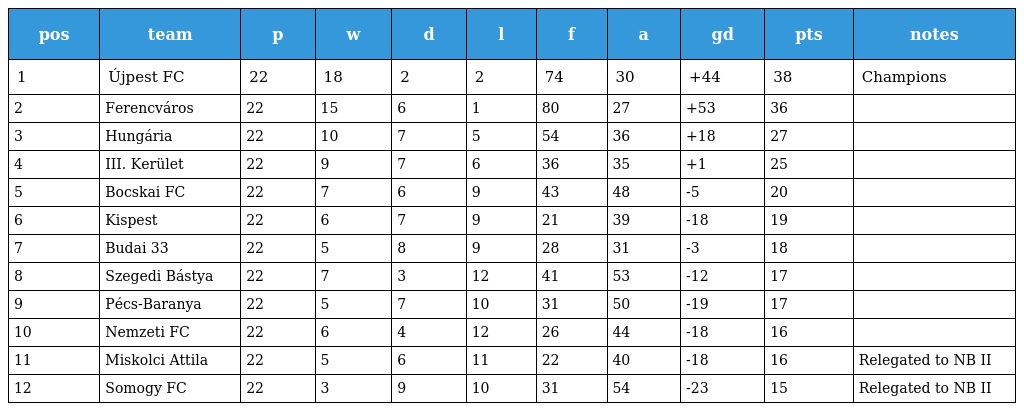
| pos | team | p | w | d | l | f | a | gd | pts | notes |
 | --- | --- | --- | --- | --- | --- | --- | --- | --- | --- | --- |
 | 1 | Újpest FC | 22 | 18 | 2 | 2 | 74 | 30 | +44 | 38 | Champions |
 | 2 | Ferencváros | 22 | 15 | 6 | 1 | 80 | 27 | +53 | 36 |  |
 | 3 | Hungária | 22 | 10 | 7 | 5 | 54 | 36 | +18 | 27 |  |
 | 4 | III. Kerület | 22 | 9 | 7 | 6 | 36 | 35 | +1 | 25 |  |
 | 5 | Bocskai FC | 22 | 7 | 6 | 9 | 43 | 48 | -5 | 20 |  |
 | 6 | Kispest | 22 | 6 | 7 | 9 | 21 | 39 | -18 | 19 |  |
 | 7 | Budai 33 | 22 | 5 | 8 | 9 | 28 | 31 | -3 | 18 |  |
 | 8 | Szegedi Bástya | 22 | 7 | 3 | 12 | 41 | 53 | -12 | 17 |  |
 | 9 | Pécs-Baranya | 22 | 5 | 7 | 10 | 31 | 50 | -19 | 17 |  |
 | 10 | Nemzeti FC | 22 | 6 | 4 | 12 | 26 | 44 | -18 | 16 |  |
 | 11 | Miskolci Attila | 22 | 5 | 6 | 11 | 22 | 40 | -18 | 16 | Relegated to NB II |
 | 12 | Somogy FC | 22 | 3 | 9 | 10 | 31 | 54 | -23 | 15 | Relegated to NB II |